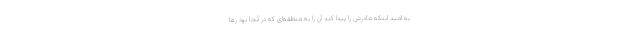
به امید اینکه مادرش را پیدا کند آن را به منطقه‌ای که در آنجا بود رها